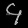
Digit: ၄